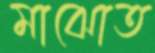
মাঝোত